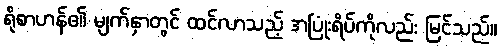
ရိုစာဟန်၏ မျက်နှာတွင် ထင်လာသည့် အပြုံးရိပ်ကိုလည်း မြင်သည်။